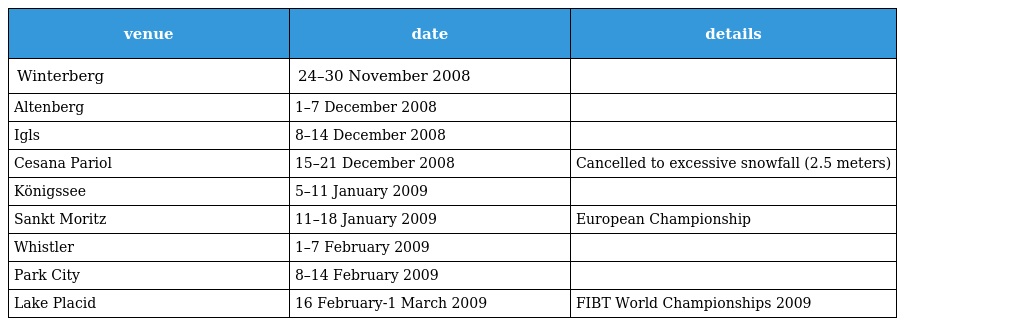
| venue | date | details |
 | --- | --- | --- |
 | Winterberg | 24–30 November 2008 |  |
 | Altenberg | 1–7 December 2008 |  |
 | Igls | 8–14 December 2008 |  |
 | Cesana Pariol | 15–21 December 2008 | Cancelled to excessive snowfall (2.5 meters) |
 | Königssee | 5–11 January 2009 |  |
 | Sankt Moritz | 11–18 January 2009 | European Championship |
 | Whistler | 1–7 February 2009 |  |
 | Park City | 8–14 February 2009 |  |
 | Lake Placid | 16 February-1 March 2009 | FIBT World Championships 2009 |